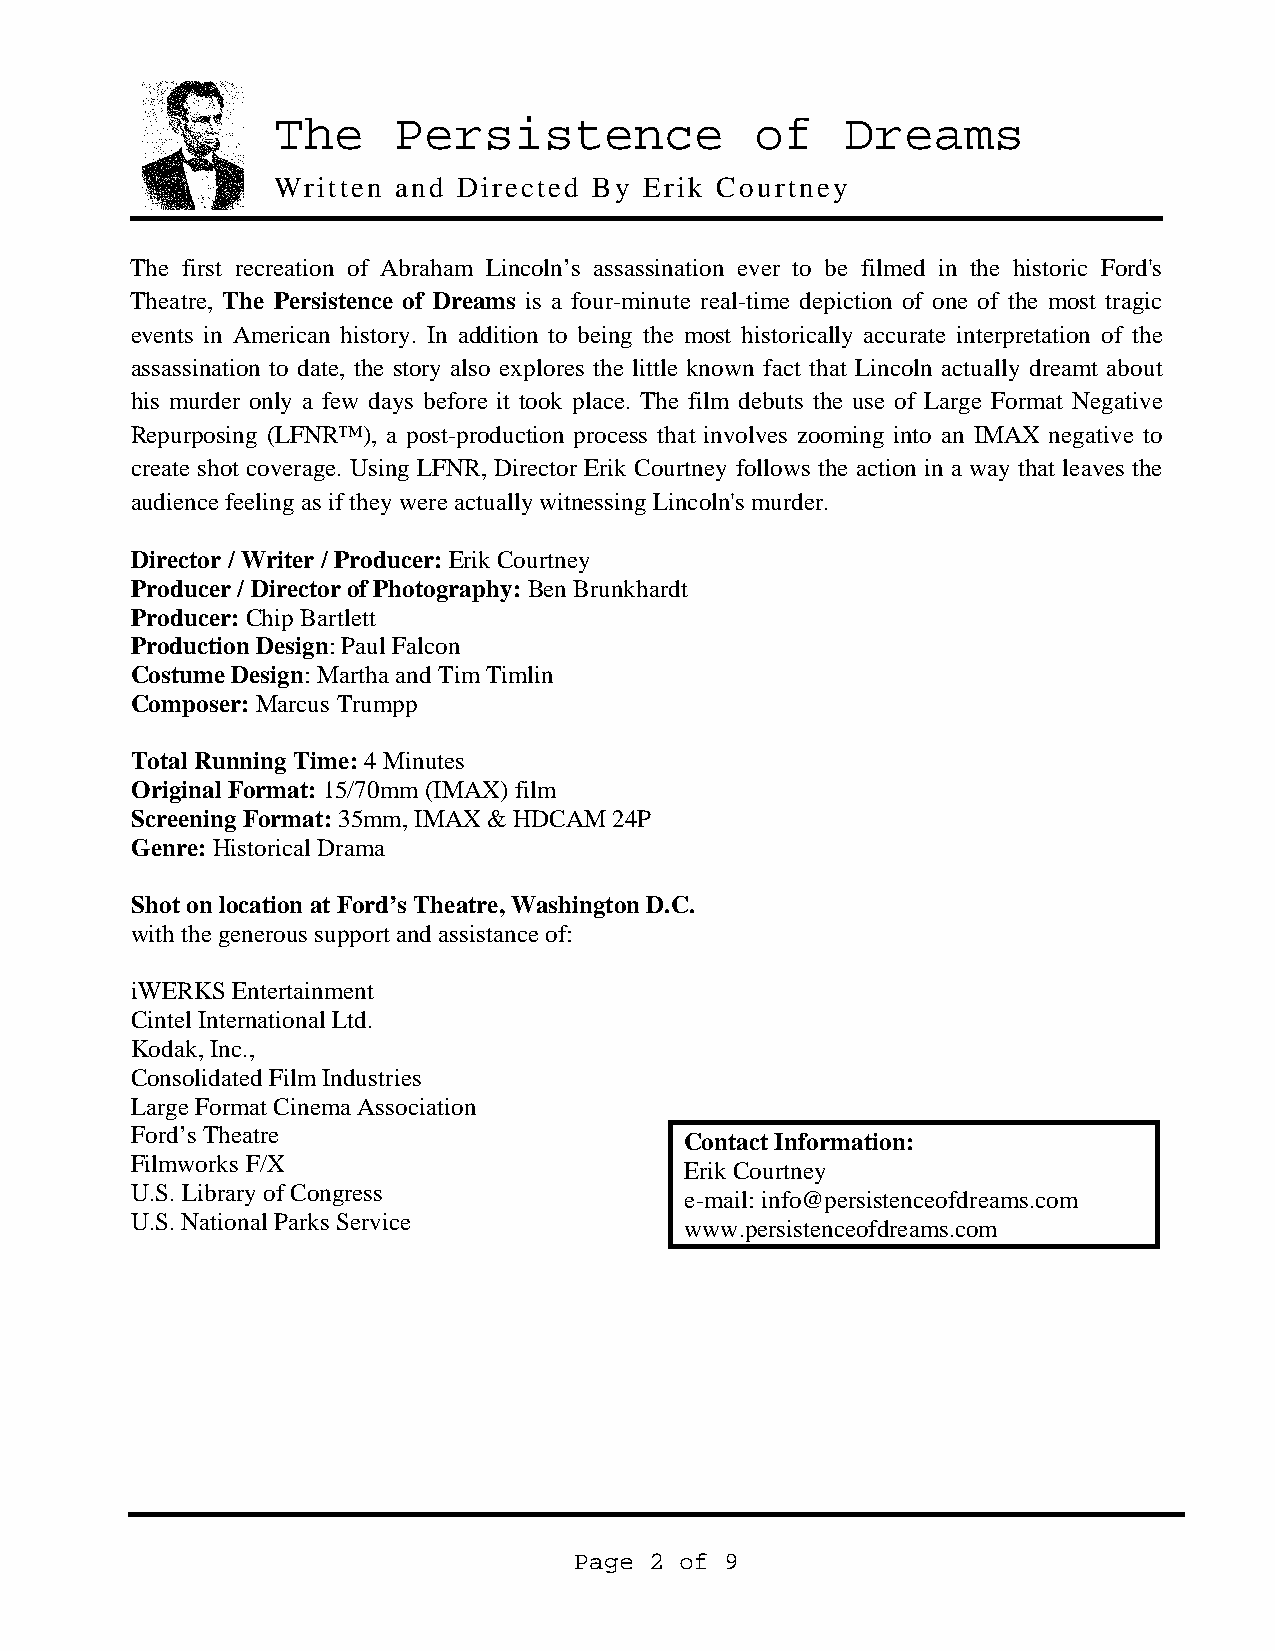
The     Persistence             of    Dreams
 Written and Directed By  Erik Courtney
 The first recreation of Abraham Lincoln’s assassination ever to be filmed in the historic Ford's
 Theatre, The Persistence of Dreams is a four-minute real-time depiction of one of the most tragic
 events in American history. In addition to being the most historically accurate interpretation of the
 assassination to date, the story also explores the little known fact that Lincoln actually dreamt about
 his murder only a few days before it took place. The film debuts the use of Large Format Negative
 Repurposing (LFNR™), a post-production process that involves zooming into an IMAX negative to
 create shot coverage. Using LFNR, Director Erik Courtney follows the action in a way that leaves the
 audience feeling as if they were actually witnessing Lincoln's murder.
 Director / Writer / Producer: Erik Courtney
 Producer / Director of Photography: Ben Brunkhardt
 Producer: Chip Bartlett
 Production Design: Paul Falcon
 Costume Design: Martha and Tim Timlin
 Composer: Marcus Trumpp
 Total Running Time: 4 Minutes
 Original Format: 15/70mm (IMAX) film
 Screening Format: 35mm, IMAX & HDCAM 24P
 Genre: Historical Drama
 Shot on location at Ford’s Theatre, Washington D.C.
 with the generous support and assistance of:
 iWERKS Entertainment
 Cintel International Ltd.
 Kodak, Inc.,
 Consolidated Film Industries
 Large Format Cinema Association
 Ford’s Theatre
 Contact Information:
 Filmworks F/X
 Erik Courtney
 U.S. Library of Congress
 e-mail: info@persistenceofdreams.com
 U.S. National Parks Service
 www.persistenceofdreams.com
 Page 2 of 9